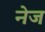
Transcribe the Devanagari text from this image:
नेज